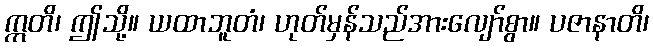
ဣတိ၊ ဤသို့။ ယထာဘူတံ၊ ဟုတ်မှန်သည်အားလျော်စွာ။ ပဇာနာတိ၊